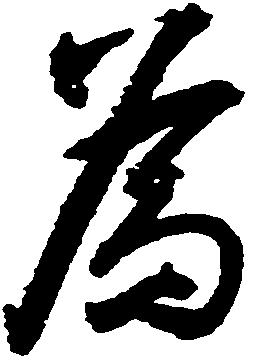
為